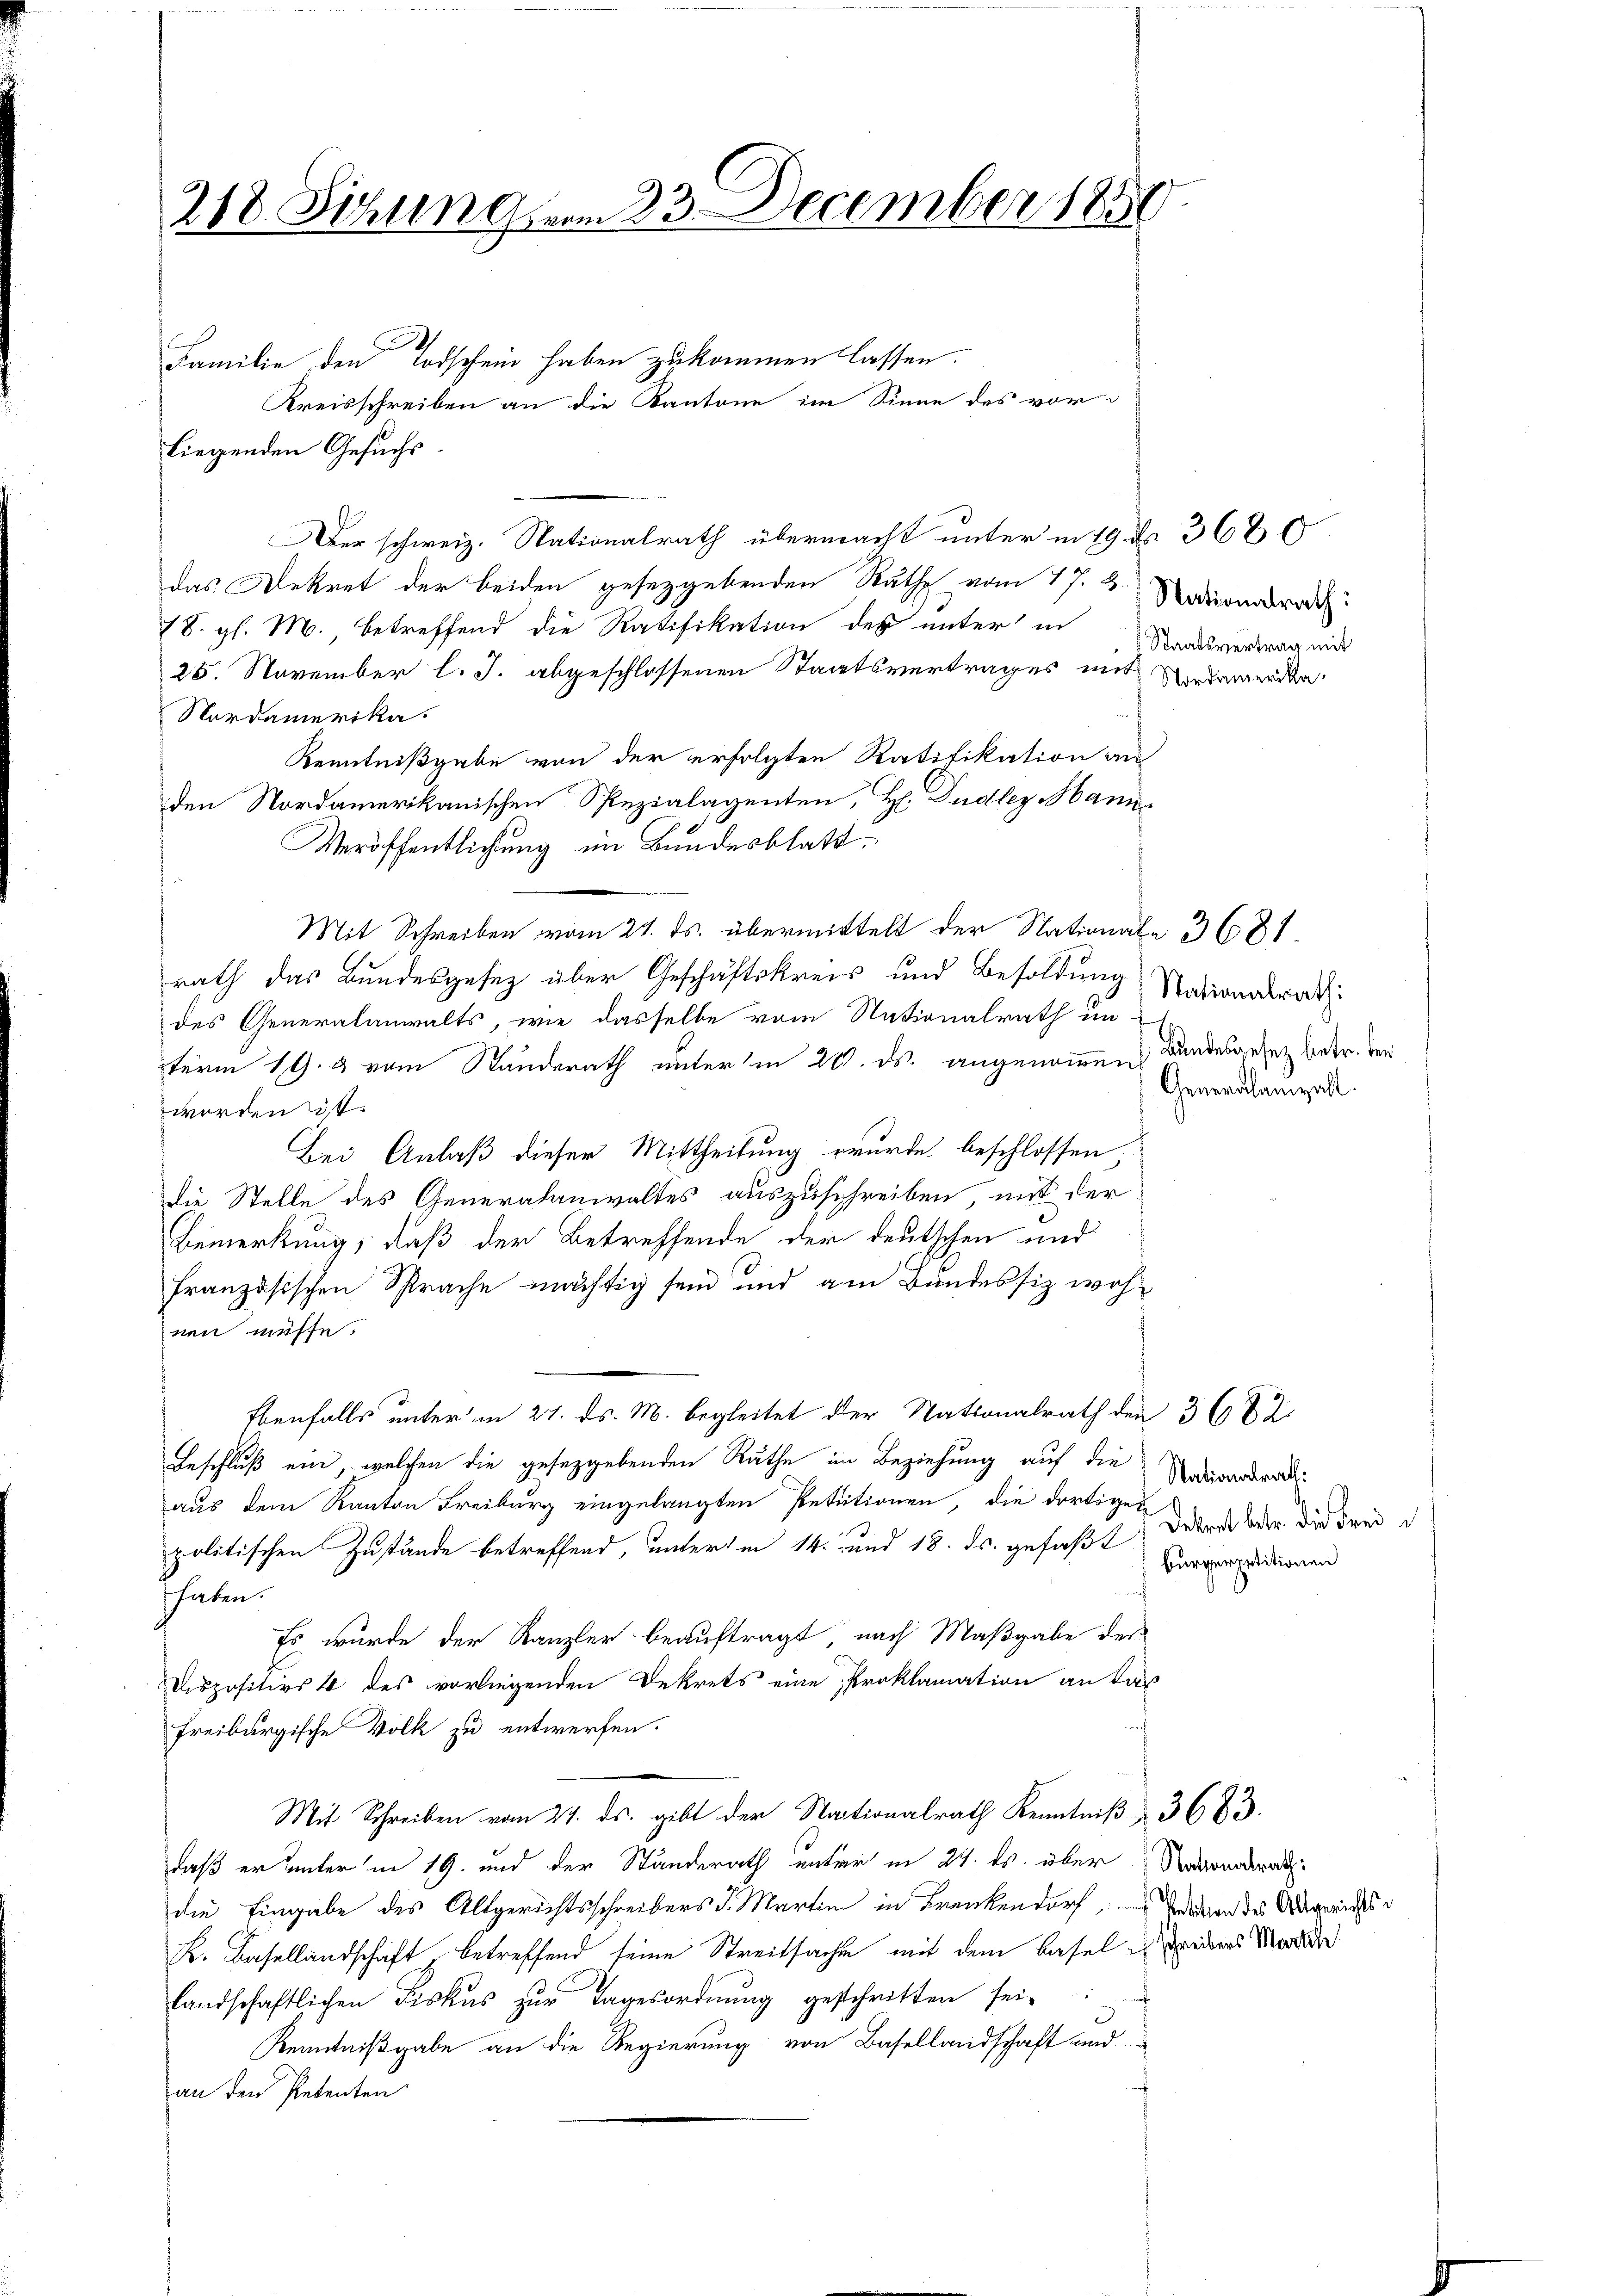
218. Sitzung vom 23. December 1850.

Familie den Todschein haben zukommen lassen.
Kreisschreiben an die Kantone im Sinne des vor
liegenden Gesuchs.
Der schweiz. Nationalrath übermacht unter in 19. d. 368
das Dekret der beiden gesetzgebenden Rathe vom 17. 2. Nationsrech
/S. gl. M., betreffend die Ratifikation des unter in Standesvertrag mit
25. November l. J. abgeschlossenen Staatsvertrages mit Adamerika¬
Nordamerika.
Kenntnißgabe von der erfolgten Ratifikation au
den Nordamerikanischen Spezialagenten, H. Dudler Mann
Veröffentlichtung im Bundesblatt
Mit Schreiben vom 21. ds. übermittelt der Nationale 3681.
rath das Bundesgesez über Geschäftskreis und Besoldung
des Generalanwalts, wie dasselbe vom Nationalrath un
term 19. & vom Standerath unter in 20. ds. angenommen
worden ist.
Bei Anlaß dieser Mittheilung wurde beschlossen
die Stelle des Generalanwaltes auszuschreiben, mit der
Bemerkung, daß der Betreffende der deutschen und
französischen Sprache mächtig sein und am Bandessiz wohnen müsse.
Ebenfalls unter am 27. ds. M. begleitet der Nationalrath den 3 682.
Beschluß ein, welchen die gesetzgebenden Räthe im Beziehung auf die
aus dem Kanton Freiburg eingelangten Petitionen, die dortigen
politischen Zustände betreffend, unterm 14. und 18. ds. gefaßt, der oder die dan d
f
haben.
Es wurde der Kanzler beauftragt, nach Maßgabe der
Dispositivs 4 des vorliegenden Dekrets eine Proklamation an das
freiburgische Volk zu entwerfen.
Mit Schreiben vom 27. ds. gibt der Nationalrath Kenntniβ 3683.
daß er unter in 19. und der Standerath unter in 24. ds. über Nebendrat
die Eingabe des Altgerichtsschreibers d. Martin in Frankendorf, dation des Abgerichts¬
K. Basellandschaft betreffend seine Streitsachen mit dem Basel redens Morder
landschaftlichen Fiskus zur Tagesordnŭng geschritten sei.
Kenntnißgabe an die Regierung von Basellandschaft und
an den Petenten

Stationalrath:
Bundesgesez betr. der
Generalamzall

Nationalrath.
burgerpetitionen